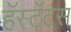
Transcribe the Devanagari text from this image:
हॅस्टॅटस